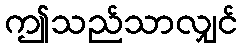
ဤသည်သာလျှင်